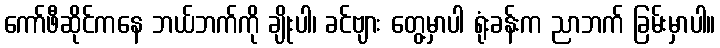
ကော်ဖီဆိုင်ကနေ ဘယ်ဘက်ကို ချိုးပါ၊ ခင်ဗျား တွေ့မှာပါ ရုံးခန်းက ညာဘက် ခြမ်းမှာပါ။